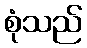
စုံသည်